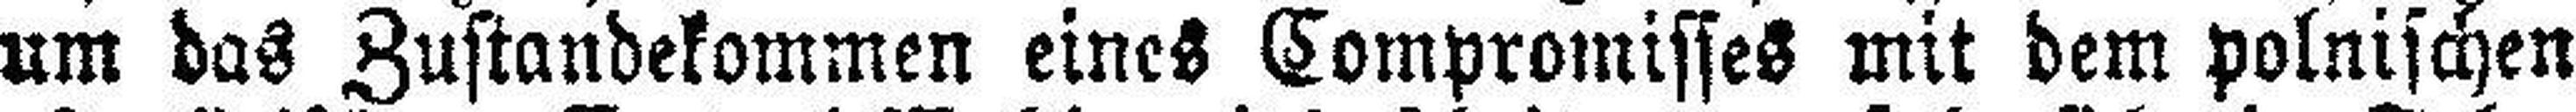
um das Zustandekommen eines Compromisses mit dem polnischen